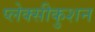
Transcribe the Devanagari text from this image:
प्लेक्सीकुशन